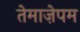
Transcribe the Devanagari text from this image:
तेमाज़ेपम